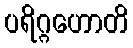
ပရိဂ္ဂဟောတိ